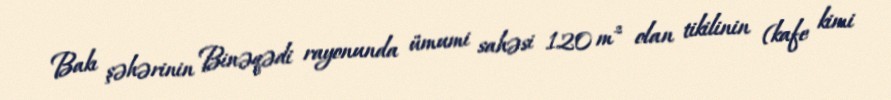
Bakı şəhərinin Binəqədi rayonunda ümumi sahəsi 120 m² olan tikilinin (kafe kimi